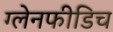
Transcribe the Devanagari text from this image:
ग्लेनफीडिच